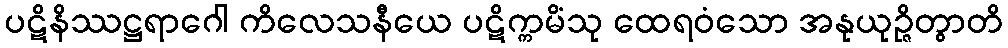
ပဋိနိဿဋ္ဌရာဂေါ ကိလေသနီယေ ပဋိက္ကမိံသု ထေရဝံသော အနုယုဉ္ဇိတွာတိ